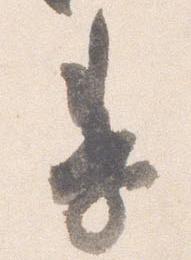
季